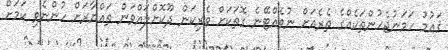
ޤައުމު ހަމަނުޖެހުންތަކެއްގެ ތެރެއަށް ނުވެއްޓޭނެ ގޮތަކަށް ވެރިކަން ދޫކޮށްލައްވަން ތައްޔާރަށް ހުންނެވި ކަމަށް